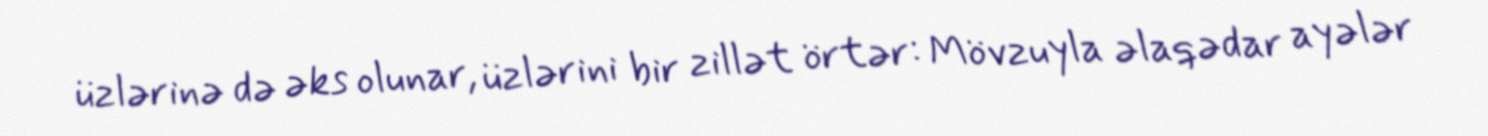
üzlərinə də əks olunar, üzlərini bir zillət örtər: Mövzuyla əlaqədar ayələr